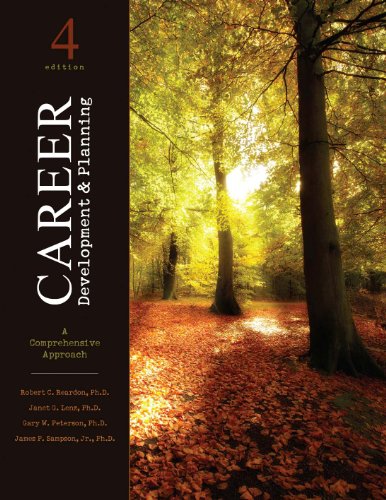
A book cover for Career Development and Planning: A Comprehensive Approach; Robert Reardon; Business & Money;